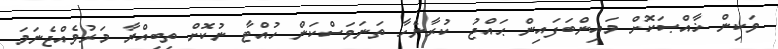
ވަކިން ޚާއްޞަކޮށް މައިންބަފައިން ޙައްޖު ކުރާނެހާ ތަނަވަސްކަން ހުއްޓާ ނުކޮށް ތިބިއްޔާ މަރުވެއްޖެނަމަ